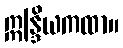
ဣန္ဒြိယကထာ။